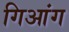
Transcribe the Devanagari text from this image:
गिआंग